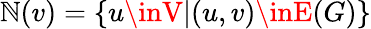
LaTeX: \mathbb{N}(v)=\{ u\inV|(u,v)\inE(G)\}